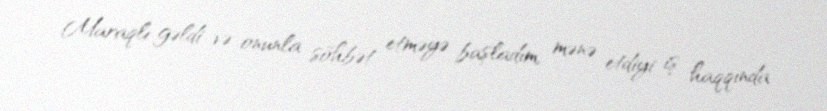
Maraqlı gəldi və onunla söhbət etməyə başladım, mənə etdiyi iş haqqında